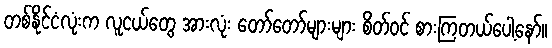
တစ်နိုင်ငံလုံးက လူငယ်တွေ အားလုံး တော်တော်များများ စိတ်ဝင် စားကြတယ်ပေါ့နော်။